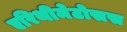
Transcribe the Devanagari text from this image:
एरिथीमेटोसस